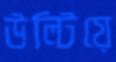
উল্টিয়ে